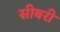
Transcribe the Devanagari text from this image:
सीबरी